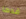
قدما